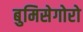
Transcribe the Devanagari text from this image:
बुमिसेगोरो